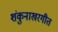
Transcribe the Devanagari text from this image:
शंकुनाखरगीत